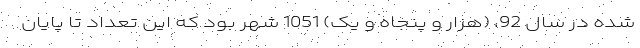
شده در سال 92، (هزار و پنجاه و یک) 1051 شهر بود که این تعداد تا پایان